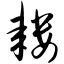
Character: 耧